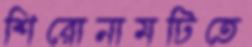
শিরোনামটিতে